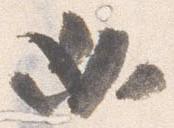
必